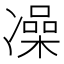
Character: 𫥛